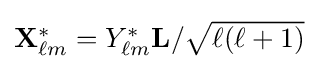
{\textstyle \mathbf {X} _{\ell m}^{*}=Y_{\ell m}^{*}\mathbf {L} /{\sqrt {\ell (\ell +1)}}}